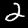
Label: 2